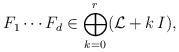
LaTeX: \begin{align*}F_1 \cdots F_d \in \bigoplus_{k=0}^r (\mathcal{L}+k\,I),\end{align*}